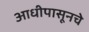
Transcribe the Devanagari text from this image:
आधीपासूनचे